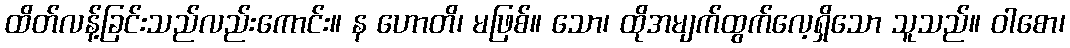
ထိတ်လန့်ခြင်းသည်လည်းကောင်း။ န ဟောတိ၊ မဖြစ်။ သော၊ ထိုအမျက်ထွက်လေ့ရှိသော သူသည်။ ဝါစော၊